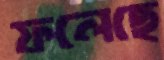
ফলেছে